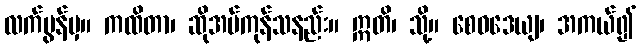
လက်မွန်မှ။ ကထိတာ၊ ဆိုအပ်ကုန်သနည်း။ ဣတိ၊ သို့။ စေဝဒေယျ၊ အကယ်၍